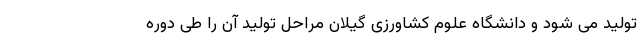
تولید می شود و دانشگاه علوم کشاورزی گیلان مراحل تولید آن را طی دوره